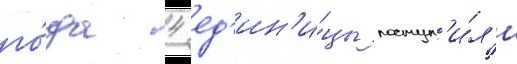
го́да 4 ед'ин'и́цы поступ'и́л'и